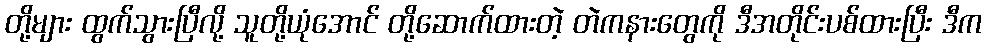
တို့များ ထွက်သွားပြီလို့ သူတို့ယုံအောင် တို့ဆောက်ထားတဲ့ တဲကနားတွေကို ဒီအတိုင်းပစ်ထားပြီး ဒီက